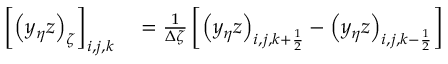
\begin{array} { r l } { \left[ \left( y _ { \eta } z \right) _ { \zeta } \right] _ { i , j , k } } & { { } = \frac { 1 } { \Delta \zeta } \left[ \left( y _ { \eta } z \right) _ { i , j , k + \frac { 1 } { 2 } } - \left( y _ { \eta } z \right) _ { i , j , k - \frac { 1 } { 2 } } \right] } \end{array}